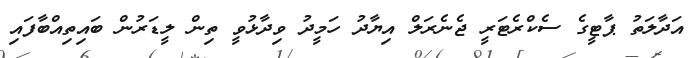
އަދާލަތު ޕާޓީގެ ސެކްރެޓަރީ ޖެނެރަލް އިޔާދު ހަމީދު ވިދާޅުވީ ތިން ލީޑަރުން ބައިތިއްބާފައި